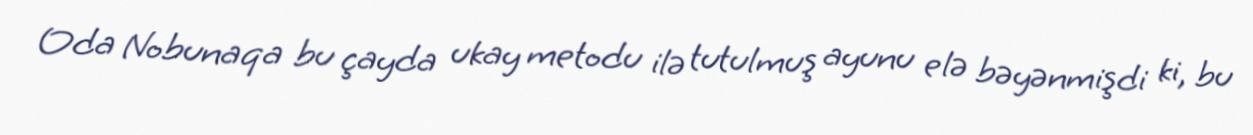
Oda Nobunaqa bu çayda ukay metodu ilə tutulmuş ayunu elə bəyənmişdi ki, bu